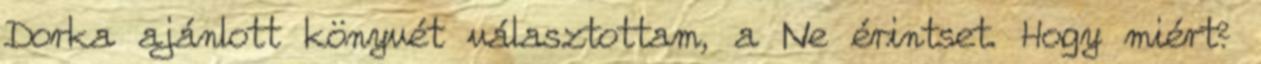
Dorka ajánlott könyvét választottam, a Ne érintset. Hogy miért?